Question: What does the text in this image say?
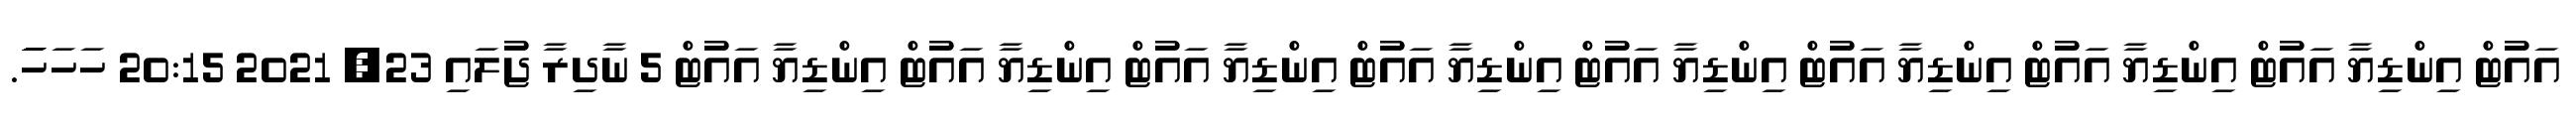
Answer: އައުޓް އިންޑިޔާ އައުޓް އިންޑިޔާ އައުޓް އިންޑިޔާ އައުޓް އިންޑިޔާ އައުޓް އިންޑިޔާ އައުޓް އިންޑިޔާ އައުޓް އިންޑިޔާ އައުޓް އިންޑިޔާ އައުޓް 5 ނާދިރާ ޖުލައި 23, 2021 20:15 ހަހަހަަަަަަަަަ.